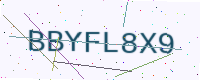
Text: BBYFL8X9